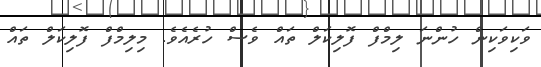
ވަކިވަކިން ހުންނަ ލިމްފް ފޮލިކަލް ތައް ވެސް ހުރެއެވެ. މިލިމްފް ފޮލިކަލް ތައް